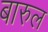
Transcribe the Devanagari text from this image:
बारुल